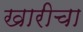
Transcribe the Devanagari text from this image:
खारीचा